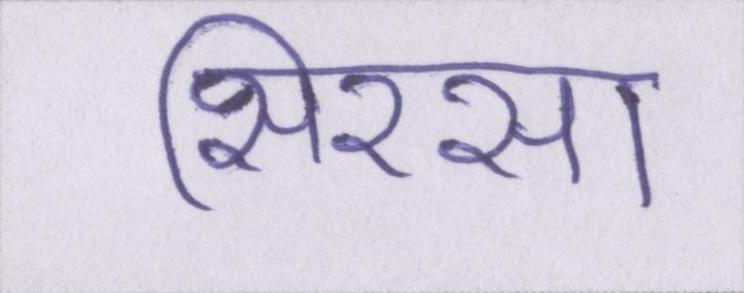
सिरसा